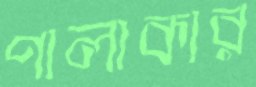
পালাকার